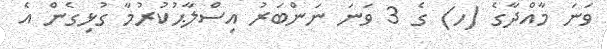
ވަނަ މާއްދާގެ (ހ) ގެ 3 ވަނަ ނަންބަރު އިސްލާޙުކުރުމާ ގުޅިގެން އެ